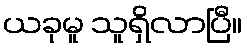
ယခုမူ သူရှိလာပြီ။